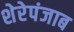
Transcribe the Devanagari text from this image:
शेरेपंजाब